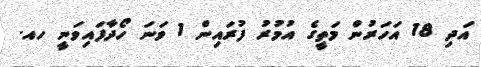
އަދި 18 އަހަރުން މަތީގެ އުމުރު ފުރައިން 1 ވަނަ ހޯދާފައިވަނީ ހއ.